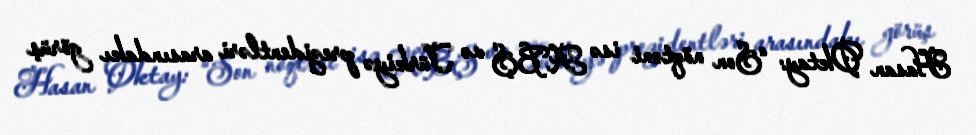
Hasan Oktay: “Son nöqtəni isə ABŞ və Türkiyə prezidentləri arasındakı görüş